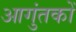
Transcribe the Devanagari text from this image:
आगुंतकों